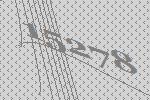
15278